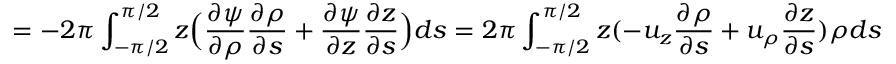
= - 2 \pi \int _ { - \pi / 2 } ^ { \pi / 2 } z \Big ( \frac { \partial \psi } { \partial \rho } \frac { \partial \rho } { \partial s } + \frac { \partial \psi } { \partial z } \frac { \partial z } { \partial s } \Big ) d s = 2 \pi \int _ { - \pi / 2 } ^ { \pi / 2 } z ( - u _ { z } \frac { \partial \rho } { \partial s } + u _ { \rho } \frac { \partial z } { \partial s } ) \rho d s